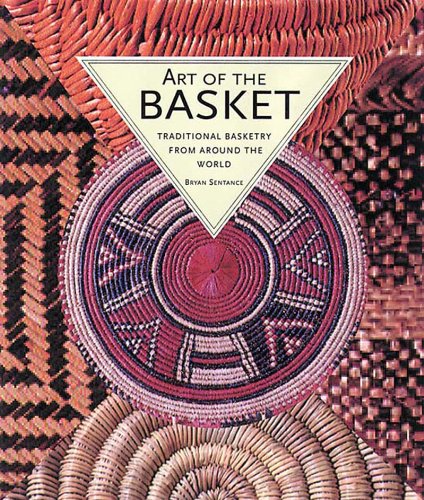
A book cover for Art of the Basket: Traditional Basketry from Around the World; Bryan Sentance; Crafts, Hobbies & Home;